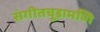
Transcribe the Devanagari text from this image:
संगीतचूड़ामणि